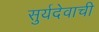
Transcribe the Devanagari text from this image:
सुर्यदेवाची